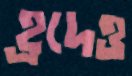
হ্রদেও